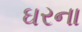
ઘરના